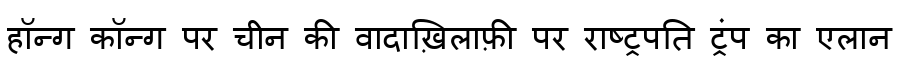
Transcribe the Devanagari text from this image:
हॉन्ग कॉन्ग पर चीन की वादाख़िलाफ़ी पर राष्ट्रपति ट्रंप का एलान